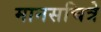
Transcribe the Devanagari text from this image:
मानसचित्रे